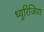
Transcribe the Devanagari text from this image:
थ्युरिंजिया